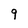
Character: 9